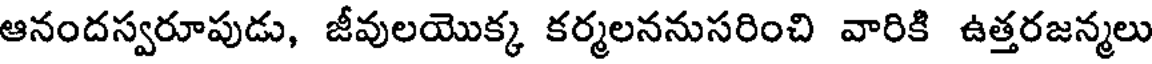
ఆనందస్వరూపుడు, జీవులయొక్క కర్మలననుసరించి వారికి ఉత్తరజన్మలు